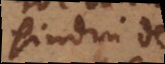
hindin de